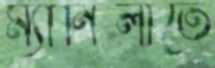
ম্যানিলাতে